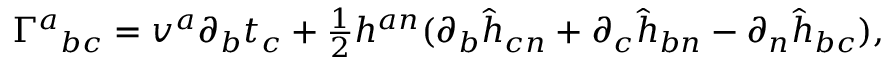
\begin{array} { r } { \Gamma ^ { a } { } _ { b c } = v ^ { a } \partial _ { b } t _ { c } + \frac { 1 } { 2 } h ^ { a n } ( \partial _ { b } \hat { h } _ { c n } + \partial _ { c } \hat { h } _ { b n } - \partial _ { n } \hat { h } _ { b c } ) , } \end{array}